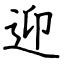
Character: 迎